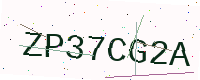
Text: ZP37CG2A